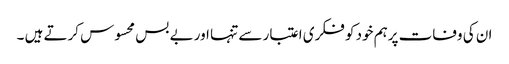
ان کی وفات پرہم خود کو فکری اعتبار سے تنہا اور بے بس محسوس کرتے ہیں ۔